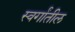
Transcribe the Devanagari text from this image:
स्वर्गांतील